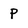
Character: P